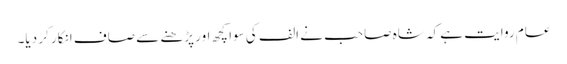
عام روایت ہے کہ شاہ صاحب نے الف کی سوا کچھ اور پڑھنے سے صاف انکار کر دیا۔